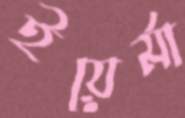
ইয়ের্মা